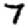
Digit: 7